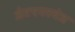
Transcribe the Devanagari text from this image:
जेटएयरवेज